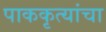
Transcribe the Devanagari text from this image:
पाककृत्यांचा